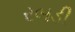
રબડી